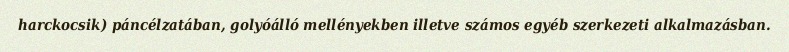
harckocsik) páncélzatában, golyóálló mellényekben illetve számos egyéb szerkezeti alkalmazásban.